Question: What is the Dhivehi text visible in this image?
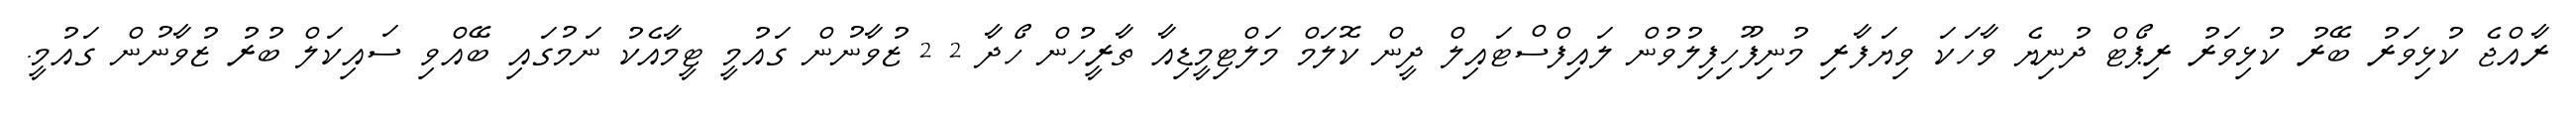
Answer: ރާއްޖެ ކުޅިވަރު ބޭރު ކުޅިވަރު ރިޕޯޓް ދުނިޔެ ވާހަކަ ވިޔަފާރި މުނިފޫހިފިލުވުން ލައިފްސްޓައިލް ދީން ކޮލަމް މަލްޓިމީޑިއާ ތާރީހުން ހޯދާ 2 2 ޒުވާނުން ގައުމީ ޓީމާއެކު ނަމުގައި ބޭއްވި ސައިކަލް ބުރު ޒުވާނުން ގައުމީ.